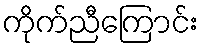
ကိုက်ညီကြောင်း